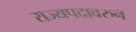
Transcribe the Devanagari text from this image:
राज्यपदावरुन